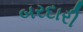
બરદારી